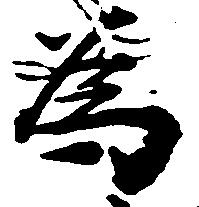
為